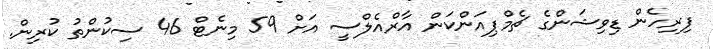
ފިރިހެން ޑިވިޝަންގެ ޗެމްޕިއަންކަން އާރްއެލްސީ އަށް 59 މިނެޓް 46 ސިކުންތު ކުރިން.